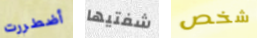
أضطررت شفتيها شخص